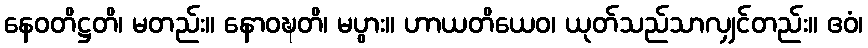
နေဝတိဋ္ဌတိ၊ မတည်း။ နောဝဍ္ဎတိ၊ မပွား။ ဟာယတိယေဝ၊ ယုတ်သည်သာလျှင်တည်း။ ဧဝံ၊